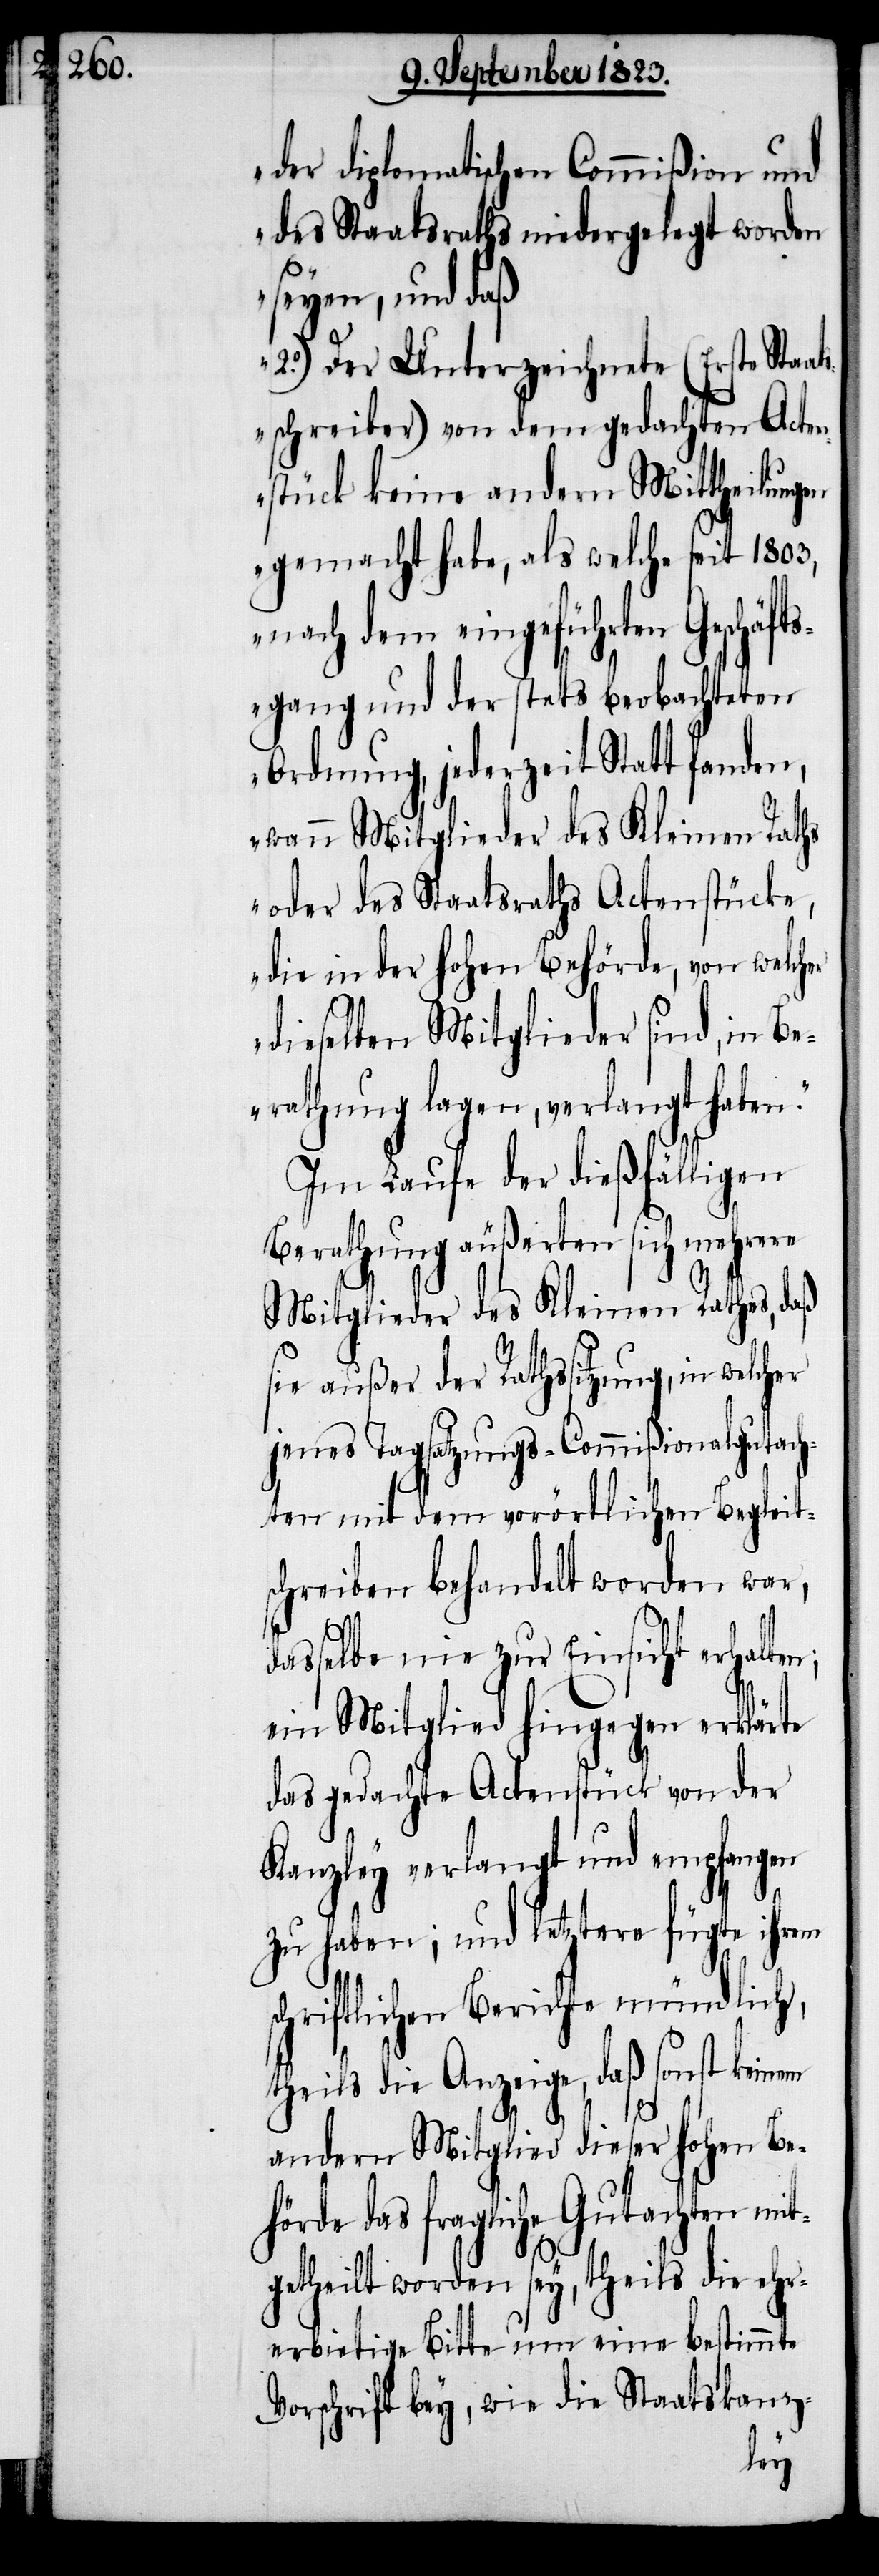
em
der diplomatischen Commißion und
des Staatsraths niedergelegt worden
seyen, und daß
2.o) Der Unterzeichnete (Erste Staat¬
sschreiber) von dem gedachten Acte¬
nstück keine andern Mittheilungen
gemacht habe, als welche seit 1803,
nach dem eingeführten Geschäf¬
tsgang und der stets beobachteten
Ordnung, jederzeit Statt fanden,
wann Mitglieder des Kleinen Raths
oder des Staatsraths Actenstücke,
die in der hohen Behörde, von welch¬
dieselben Mitglieder sind, in Be¬
rathung lagen, verlangt haben.“
Im Laufe der dießfälligen
Berathung äußerten sich mehrere
Mitglieder des Kleinen Rathes, daß
sie außer der Rathssitzung, in welcher
jenes Tagsatzungs-Commißionalgutach¬
ten mit dem vorörtlichen Begleit¬
schreiben behandelt worden war,
dasselbe nie zur Einsicht erhalten;
ein Mitglied hingegen erklärte
das gedachte Actenstück von der
Kanzley verlangt und empfangen
zu haben; und letztere fügte ihrem
chriftlichen Berichte mündlich,
theils die Anzeige, daß sonst kein¬
andern Mitglied dieser hohen Be¬
hörde das fragliche
getheilt worden sey, theils die ehr¬
erbietige Bitte um eine bestimmte
Vorschrift bey, wie die Staatskanz-
mit¬